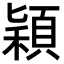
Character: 穎